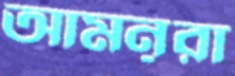
আমনূরা